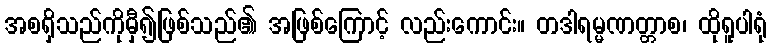
အစရှိသည်ကိုမှီ၍ဖြစ်သည်၏ အဖြစ်ကြောင့် လည်းကောင်း။ တဒါရမ္မဏတ္တာစ၊ ထိုရူပါရုံ